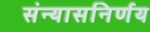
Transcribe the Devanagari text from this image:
संन्यासनिर्णय